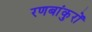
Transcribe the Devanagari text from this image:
रणबांकुरों